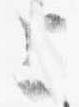
上